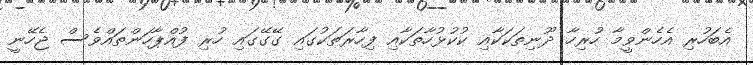
އެބަހުރި އެހެންވީމާ ހުރިހާ ދޫނިތަކަކާއި ކުކުޅުހާތަކާއި ފިހާރަތަކުގައި ގޭގޭގައި ހުރި ފުއްޕާހަންތައްވެސް ޖެހޭނީ